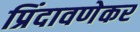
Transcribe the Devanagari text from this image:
प्रिंदावणेकर